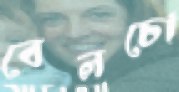
বেলচো